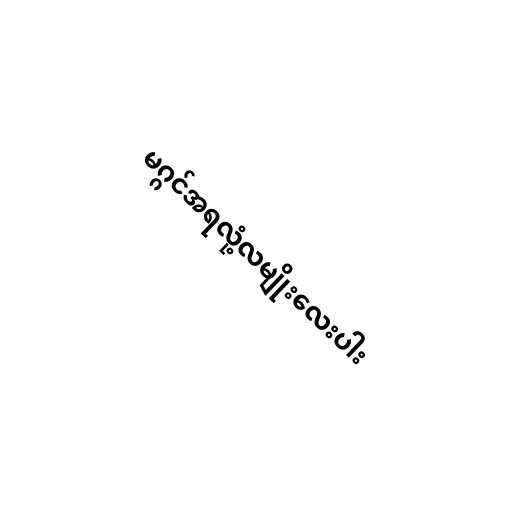
မဂ္ဂင်အရလုံ့လမျိုးလေးပါး